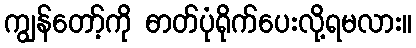
ကျွန်တော့်ကို ဓာတ်ပုံရိုက်ပေးလို့ရမလား။